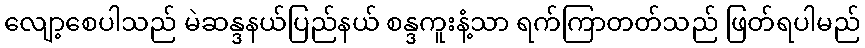
လျော့စေပါသည် မဲဆန္ဒနယ်ပြည်နယ် စန္ဒကူးနံ့သာ ရက်ကြာတတ်သည် ဖြတ်ရပါမည်